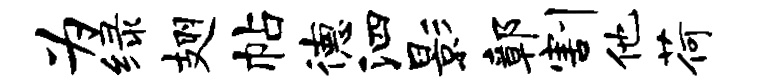
为绿翅帖德泗影鄣割他荷